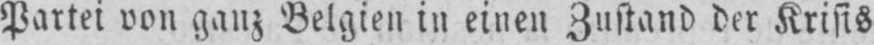
Partei von ganz Belgien in einen Zustand der Krisis